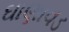
ઘાણાવડ